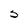
Character: S